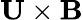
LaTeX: \mathbf{U}\times\mathbf{B}